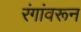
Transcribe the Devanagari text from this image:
रंगांवरून